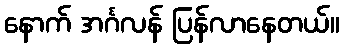
နောက် အင်္ဂလန် ပြန်လာနေတယ်။